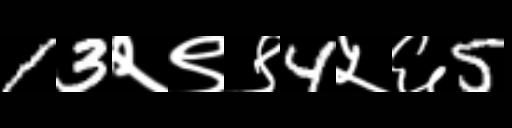
Text: 13२९९4५६5